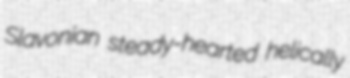
Slavonian steady-hearted helically